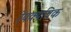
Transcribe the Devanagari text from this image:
रेयक्यविक